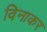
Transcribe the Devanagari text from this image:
विनाकर